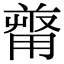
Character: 𠭻